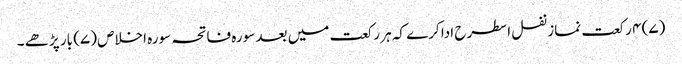
(۷) ۴ رکعت نماز نفل اسطرح ادا کرے کہ ہر رکعت میں بعد سورہ فاتحہ سورہ اخلاص (۷) بار پڑھے ۔